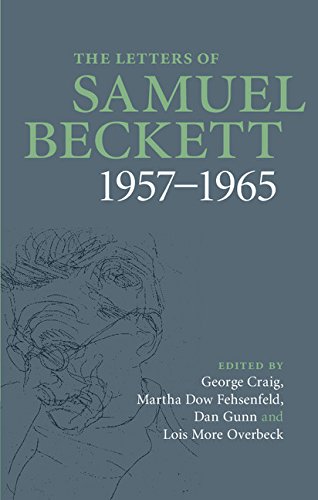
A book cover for The Letters of Samuel Beckett: Volume 3, 1957-1965; Samuel Beckett; Literature & Fiction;